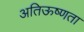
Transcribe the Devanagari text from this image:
अतिऊष्णता